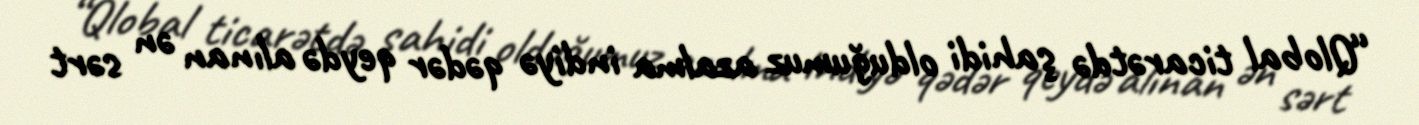
“Qlobal ticarətdə şahidi olduğumuz azalma indiyə qədər qeydə alınan ən sərt